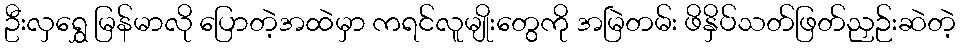
ဦးလှရွှေ မြန်မာလို ပြောတဲ့အထဲမှာ ကရင်လူမျိုးတွေကို အမြဲတမ်း ဖိနှိပ်သတ်ဖြတ်ညှဉ်းဆဲတဲ့